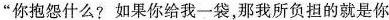
“你抱怨什么?如果你给我一袋，那我所负担的就是你